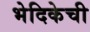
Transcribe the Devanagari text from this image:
भेदिकेची